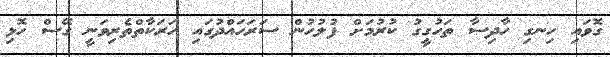
ގޮވައި ހިނގި ހާދިސާ ތަހުގީގު ކުރުމަށް ފުލުހުން ސަރަހައްދުގައި ހަރަކާތްތެރިވަނީ ގޭސް ހޮޅި